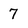
Character: 7